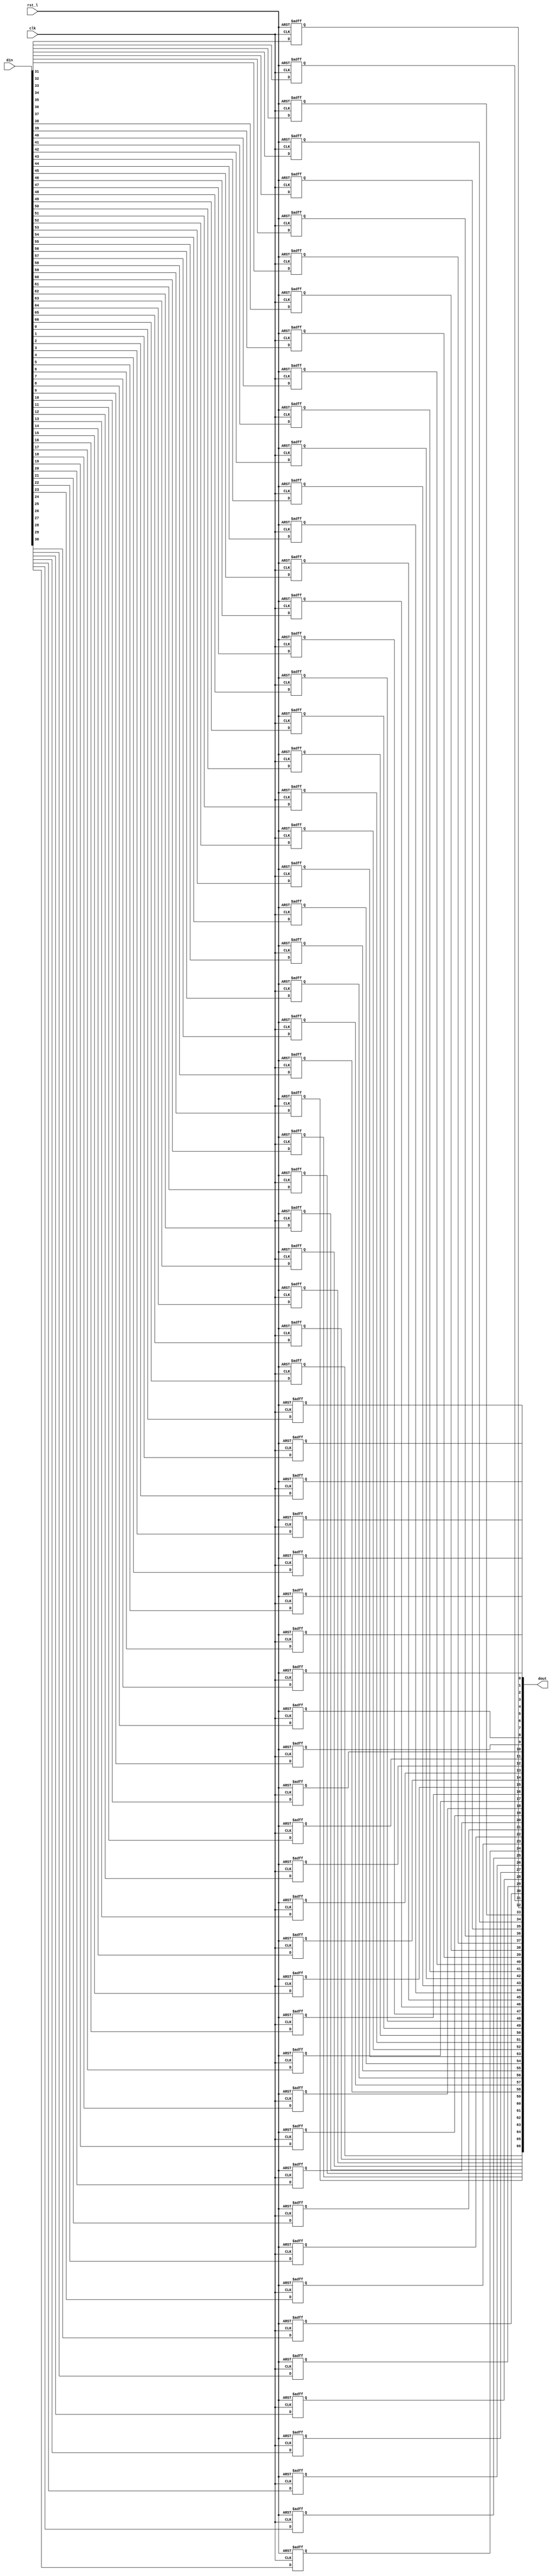
// This program was cloned from: https://github.com/NYU-MLDA/OpenABC
// License: BSD 3-Clause "New" or "Revised" License

module rvdff_WIDTH67
(
  din,
  clk,
  rst_l,
  dout
);

  input [66:0] din;
  output [66:0] dout;
  input clk;
  input rst_l;
  wire N0;
  reg [66:0] dout;

  always @(posedge clk or posedge N0) begin
    if(N0) begin
      dout[66] <= 1'b0;
    end else if(1'b1) begin
      dout[66] <= din[66];
    end
  end


  always @(posedge clk or posedge N0) begin
    if(N0) begin
      dout[65] <= 1'b0;
    end else if(1'b1) begin
      dout[65] <= din[65];
    end
  end


  always @(posedge clk or posedge N0) begin
    if(N0) begin
      dout[64] <= 1'b0;
    end else if(1'b1) begin
      dout[64] <= din[64];
    end
  end


  always @(posedge clk or posedge N0) begin
    if(N0) begin
      dout[63] <= 1'b0;
    end else if(1'b1) begin
      dout[63] <= din[63];
    end
  end


  always @(posedge clk or posedge N0) begin
    if(N0) begin
      dout[62] <= 1'b0;
    end else if(1'b1) begin
      dout[62] <= din[62];
    end
  end


  always @(posedge clk or posedge N0) begin
    if(N0) begin
      dout[61] <= 1'b0;
    end else if(1'b1) begin
      dout[61] <= din[61];
    end
  end


  always @(posedge clk or posedge N0) begin
    if(N0) begin
      dout[60] <= 1'b0;
    end else if(1'b1) begin
      dout[60] <= din[60];
    end
  end


  always @(posedge clk or posedge N0) begin
    if(N0) begin
      dout[59] <= 1'b0;
    end else if(1'b1) begin
      dout[59] <= din[59];
    end
  end


  always @(posedge clk or posedge N0) begin
    if(N0) begin
      dout[58] <= 1'b0;
    end else if(1'b1) begin
      dout[58] <= din[58];
    end
  end


  always @(posedge clk or posedge N0) begin
    if(N0) begin
      dout[57] <= 1'b0;
    end else if(1'b1) begin
      dout[57] <= din[57];
    end
  end


  always @(posedge clk or posedge N0) begin
    if(N0) begin
      dout[56] <= 1'b0;
    end else if(1'b1) begin
      dout[56] <= din[56];
    end
  end


  always @(posedge clk or posedge N0) begin
    if(N0) begin
      dout[55] <= 1'b0;
    end else if(1'b1) begin
      dout[55] <= din[55];
    end
  end


  always @(posedge clk or posedge N0) begin
    if(N0) begin
      dout[54] <= 1'b0;
    end else if(1'b1) begin
      dout[54] <= din[54];
    end
  end


  always @(posedge clk or posedge N0) begin
    if(N0) begin
      dout[53] <= 1'b0;
    end else if(1'b1) begin
      dout[53] <= din[53];
    end
  end


  always @(posedge clk or posedge N0) begin
    if(N0) begin
      dout[52] <= 1'b0;
    end else if(1'b1) begin
      dout[52] <= din[52];
    end
  end


  always @(posedge clk or posedge N0) begin
    if(N0) begin
      dout[51] <= 1'b0;
    end else if(1'b1) begin
      dout[51] <= din[51];
    end
  end


  always @(posedge clk or posedge N0) begin
    if(N0) begin
      dout[50] <= 1'b0;
    end else if(1'b1) begin
      dout[50] <= din[50];
    end
  end


  always @(posedge clk or posedge N0) begin
    if(N0) begin
      dout[49] <= 1'b0;
    end else if(1'b1) begin
      dout[49] <= din[49];
    end
  end


  always @(posedge clk or posedge N0) begin
    if(N0) begin
      dout[48] <= 1'b0;
    end else if(1'b1) begin
      dout[48] <= din[48];
    end
  end


  always @(posedge clk or posedge N0) begin
    if(N0) begin
      dout[47] <= 1'b0;
    end else if(1'b1) begin
      dout[47] <= din[47];
    end
  end


  always @(posedge clk or posedge N0) begin
    if(N0) begin
      dout[46] <= 1'b0;
    end else if(1'b1) begin
      dout[46] <= din[46];
    end
  end


  always @(posedge clk or posedge N0) begin
    if(N0) begin
      dout[45] <= 1'b0;
    end else if(1'b1) begin
      dout[45] <= din[45];
    end
  end


  always @(posedge clk or posedge N0) begin
    if(N0) begin
      dout[44] <= 1'b0;
    end else if(1'b1) begin
      dout[44] <= din[44];
    end
  end


  always @(posedge clk or posedge N0) begin
    if(N0) begin
      dout[43] <= 1'b0;
    end else if(1'b1) begin
      dout[43] <= din[43];
    end
  end


  always @(posedge clk or posedge N0) begin
    if(N0) begin
      dout[42] <= 1'b0;
    end else if(1'b1) begin
      dout[42] <= din[42];
    end
  end


  always @(posedge clk or posedge N0) begin
    if(N0) begin
      dout[41] <= 1'b0;
    end else if(1'b1) begin
      dout[41] <= din[41];
    end
  end


  always @(posedge clk or posedge N0) begin
    if(N0) begin
      dout[40] <= 1'b0;
    end else if(1'b1) begin
      dout[40] <= din[40];
    end
  end


  always @(posedge clk or posedge N0) begin
    if(N0) begin
      dout[39] <= 1'b0;
    end else if(1'b1) begin
      dout[39] <= din[39];
    end
  end


  always @(posedge clk or posedge N0) begin
    if(N0) begin
      dout[38] <= 1'b0;
    end else if(1'b1) begin
      dout[38] <= din[38];
    end
  end


  always @(posedge clk or posedge N0) begin
    if(N0) begin
      dout[37] <= 1'b0;
    end else if(1'b1) begin
      dout[37] <= din[37];
    end
  end


  always @(posedge clk or posedge N0) begin
    if(N0) begin
      dout[36] <= 1'b0;
    end else if(1'b1) begin
      dout[36] <= din[36];
    end
  end


  always @(posedge clk or posedge N0) begin
    if(N0) begin
      dout[35] <= 1'b0;
    end else if(1'b1) begin
      dout[35] <= din[35];
    end
  end


  always @(posedge clk or posedge N0) begin
    if(N0) begin
      dout[34] <= 1'b0;
    end else if(1'b1) begin
      dout[34] <= din[34];
    end
  end


  always @(posedge clk or posedge N0) begin
    if(N0) begin
      dout[33] <= 1'b0;
    end else if(1'b1) begin
      dout[33] <= din[33];
    end
  end


  always @(posedge clk or posedge N0) begin
    if(N0) begin
      dout[32] <= 1'b0;
    end else if(1'b1) begin
      dout[32] <= din[32];
    end
  end


  always @(posedge clk or posedge N0) begin
    if(N0) begin
      dout[31] <= 1'b0;
    end else if(1'b1) begin
      dout[31] <= din[31];
    end
  end


  always @(posedge clk or posedge N0) begin
    if(N0) begin
      dout[30] <= 1'b0;
    end else if(1'b1) begin
      dout[30] <= din[30];
    end
  end


  always @(posedge clk or posedge N0) begin
    if(N0) begin
      dout[29] <= 1'b0;
    end else if(1'b1) begin
      dout[29] <= din[29];
    end
  end


  always @(posedge clk or posedge N0) begin
    if(N0) begin
      dout[28] <= 1'b0;
    end else if(1'b1) begin
      dout[28] <= din[28];
    end
  end


  always @(posedge clk or posedge N0) begin
    if(N0) begin
      dout[27] <= 1'b0;
    end else if(1'b1) begin
      dout[27] <= din[27];
    end
  end


  always @(posedge clk or posedge N0) begin
    if(N0) begin
      dout[26] <= 1'b0;
    end else if(1'b1) begin
      dout[26] <= din[26];
    end
  end


  always @(posedge clk or posedge N0) begin
    if(N0) begin
      dout[25] <= 1'b0;
    end else if(1'b1) begin
      dout[25] <= din[25];
    end
  end


  always @(posedge clk or posedge N0) begin
    if(N0) begin
      dout[24] <= 1'b0;
    end else if(1'b1) begin
      dout[24] <= din[24];
    end
  end


  always @(posedge clk or posedge N0) begin
    if(N0) begin
      dout[23] <= 1'b0;
    end else if(1'b1) begin
      dout[23] <= din[23];
    end
  end


  always @(posedge clk or posedge N0) begin
    if(N0) begin
      dout[22] <= 1'b0;
    end else if(1'b1) begin
      dout[22] <= din[22];
    end
  end


  always @(posedge clk or posedge N0) begin
    if(N0) begin
      dout[21] <= 1'b0;
    end else if(1'b1) begin
      dout[21] <= din[21];
    end
  end


  always @(posedge clk or posedge N0) begin
    if(N0) begin
      dout[20] <= 1'b0;
    end else if(1'b1) begin
      dout[20] <= din[20];
    end
  end


  always @(posedge clk or posedge N0) begin
    if(N0) begin
      dout[19] <= 1'b0;
    end else if(1'b1) begin
      dout[19] <= din[19];
    end
  end


  always @(posedge clk or posedge N0) begin
    if(N0) begin
      dout[18] <= 1'b0;
    end else if(1'b1) begin
      dout[18] <= din[18];
    end
  end


  always @(posedge clk or posedge N0) begin
    if(N0) begin
      dout[17] <= 1'b0;
    end else if(1'b1) begin
      dout[17] <= din[17];
    end
  end


  always @(posedge clk or posedge N0) begin
    if(N0) begin
      dout[16] <= 1'b0;
    end else if(1'b1) begin
      dout[16] <= din[16];
    end
  end


  always @(posedge clk or posedge N0) begin
    if(N0) begin
      dout[15] <= 1'b0;
    end else if(1'b1) begin
      dout[15] <= din[15];
    end
  end


  always @(posedge clk or posedge N0) begin
    if(N0) begin
      dout[14] <= 1'b0;
    end else if(1'b1) begin
      dout[14] <= din[14];
    end
  end


  always @(posedge clk or posedge N0) begin
    if(N0) begin
      dout[13] <= 1'b0;
    end else if(1'b1) begin
      dout[13] <= din[13];
    end
  end


  always @(posedge clk or posedge N0) begin
    if(N0) begin
      dout[12] <= 1'b0;
    end else if(1'b1) begin
      dout[12] <= din[12];
    end
  end


  always @(posedge clk or posedge N0) begin
    if(N0) begin
      dout[11] <= 1'b0;
    end else if(1'b1) begin
      dout[11] <= din[11];
    end
  end


  always @(posedge clk or posedge N0) begin
    if(N0) begin
      dout[10] <= 1'b0;
    end else if(1'b1) begin
      dout[10] <= din[10];
    end
  end


  always @(posedge clk or posedge N0) begin
    if(N0) begin
      dout[9] <= 1'b0;
    end else if(1'b1) begin
      dout[9] <= din[9];
    end
  end


  always @(posedge clk or posedge N0) begin
    if(N0) begin
      dout[8] <= 1'b0;
    end else if(1'b1) begin
      dout[8] <= din[8];
    end
  end


  always @(posedge clk or posedge N0) begin
    if(N0) begin
      dout[7] <= 1'b0;
    end else if(1'b1) begin
      dout[7] <= din[7];
    end
  end


  always @(posedge clk or posedge N0) begin
    if(N0) begin
      dout[6] <= 1'b0;
    end else if(1'b1) begin
      dout[6] <= din[6];
    end
  end


  always @(posedge clk or posedge N0) begin
    if(N0) begin
      dout[5] <= 1'b0;
    end else if(1'b1) begin
      dout[5] <= din[5];
    end
  end


  always @(posedge clk or posedge N0) begin
    if(N0) begin
      dout[4] <= 1'b0;
    end else if(1'b1) begin
      dout[4] <= din[4];
    end
  end


  always @(posedge clk or posedge N0) begin
    if(N0) begin
      dout[3] <= 1'b0;
    end else if(1'b1) begin
      dout[3] <= din[3];
    end
  end


  always @(posedge clk or posedge N0) begin
    if(N0) begin
      dout[2] <= 1'b0;
    end else if(1'b1) begin
      dout[2] <= din[2];
    end
  end


  always @(posedge clk or posedge N0) begin
    if(N0) begin
      dout[1] <= 1'b0;
    end else if(1'b1) begin
      dout[1] <= din[1];
    end
  end


  always @(posedge clk or posedge N0) begin
    if(N0) begin
      dout[0] <= 1'b0;
    end else if(1'b1) begin
      dout[0] <= din[0];
    end
  end

  assign N0 = ~rst_l;

endmodule